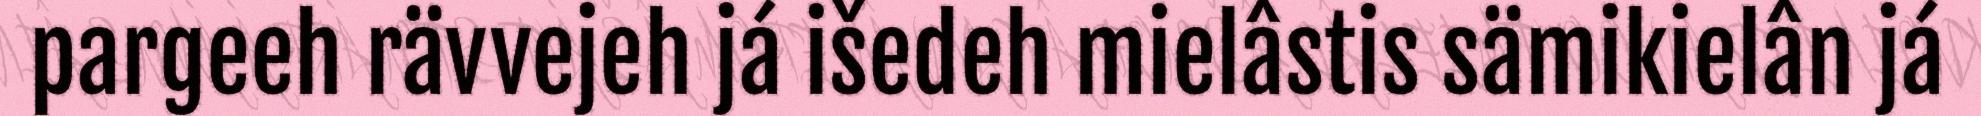
pargeeh rävvejeh já išedeh mielâstis sämikielân já